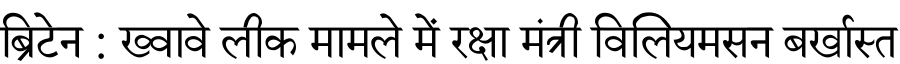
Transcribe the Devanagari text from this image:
ब्रिटेन : ख्वावे लीक मामले में रक्षा मंत्री विलियमसन बर्खास्त